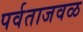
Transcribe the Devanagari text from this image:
पर्वताजवळ